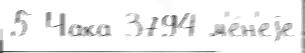
5 Чака 3794 м'е́н'еjе